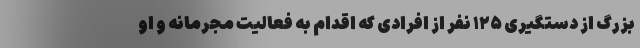
بزرگ از دستگیری ١٢۵ نفر از افرادی که اقدام به فعالیت مجرمانه و او